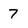
Character: 7